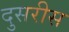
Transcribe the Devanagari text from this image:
दुसरीस